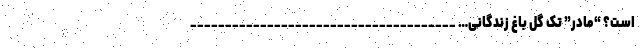
اسـت؟ “مادر” تک گل باغ زندگانی… ______________________________________